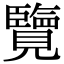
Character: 覽